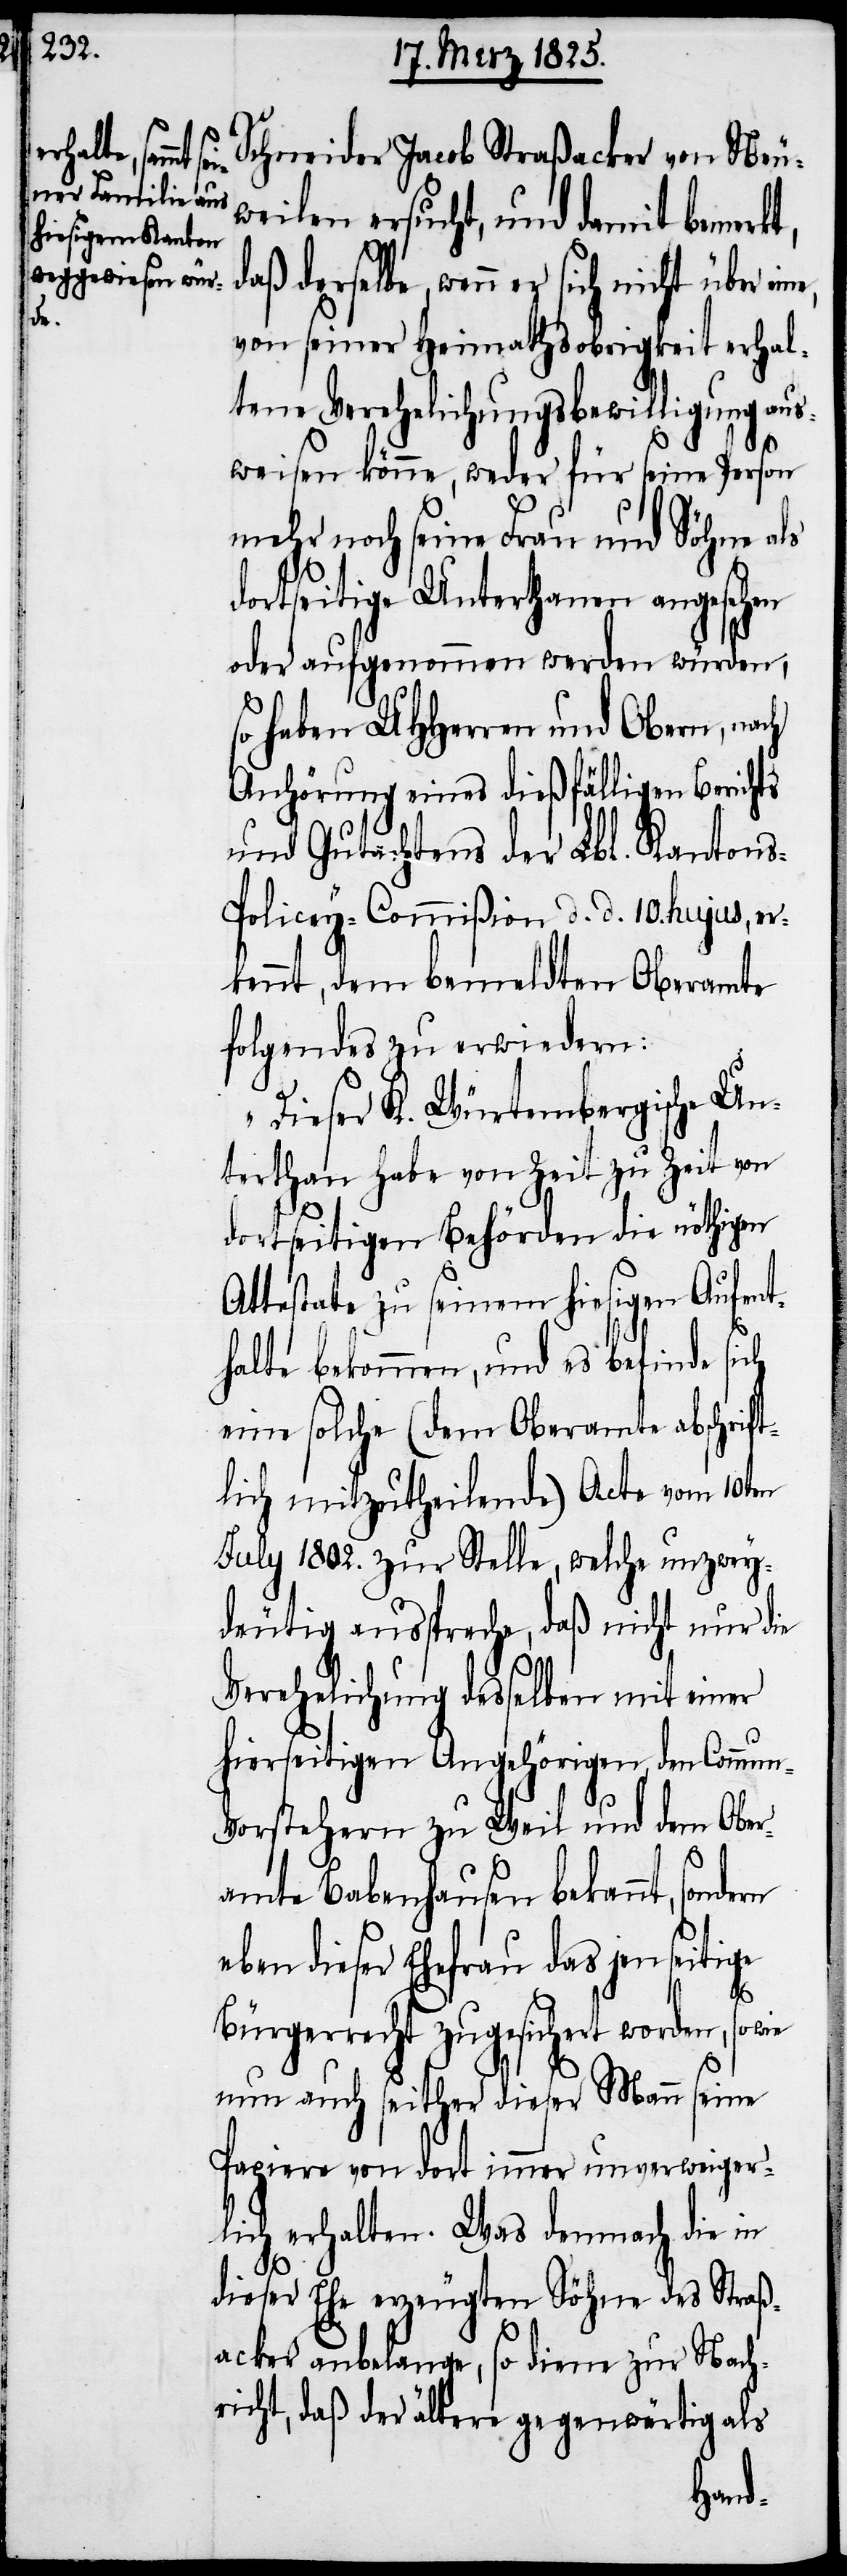
über eine,
dern

Schneider Jacob Straßacker von Neu¬
weilen ersucht, und damit bemerkt,
daß derselbe, wenn er sich nicht
von seiner Heimathsobrigkeit erhal¬
tene Verehelichungsbewilligung aus¬
weisen könne, weder für seine Person
mehr noch seine Frau und Söhne als
dortseitige Unterthanen angesehen
oder aufgenommen werden würden;
so haben UHHerren und Obern, nach
Anhörung eines dießfälligen Berichts
und Gutachtens der Lbl. Kanton¬
s-Policey-Commißion d. d. 10. hujus, er¬
kennt, dem bemeldten Oberamte
folgendes zu erwiedern:
„Dieser K. Würtembergische Un¬
terthan habe von Zeit zu Zeit von
dortseitigen Behörden die nöthigen
Attestate zu seinem hiesigen Aufent¬
halte bekommen, und es befinde sich
eine solche (dem Oberamte abschrift¬
lich mitzutheilende) Acte vom 10ten
July 1802. zur Stelle, welche unzwey¬
deutig ausspreche, daß nicht nur die
Verehelichung desselben mit einer
hierseitigen Angehörigen, den Commun-V¬
orstehern zu Weil und dem Ober¬
amte Babenhausen bekannt, son¬
eben dieser Ehefrau das jenseitige
Bürgerrecht zugesichert worden, sowie
nun auch seither dieser Mann seine
Papiere von dort immer unverweiger¬
lich erhalten. Was demnach die in
dieser Ehe erzeugten Söhne des Straß¬
acker anbelange, so diene zur Nach¬
richt, daß der ältere gegenwärtig als